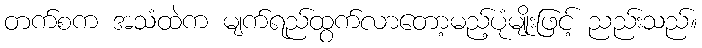
တက်စက အသံထဲက မျက်ရည်ထွက်လာတော့မည့်ပုံမျိုးဖြင့် ညည်းသည်။